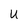
Character: U